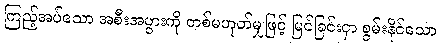
ကြည့်အပ်သော အစီးအပွားကို တစ်မဟုတ်မျှဖြင့် မြင်ခြင်းငှာ စွမ်းနိုင်သော